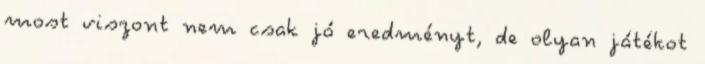
most viszont nem csak jó eredményt, de olyan játékot